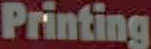
Printing